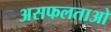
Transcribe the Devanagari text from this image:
असफलताओ